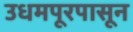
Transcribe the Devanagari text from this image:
उधमपूरपासून